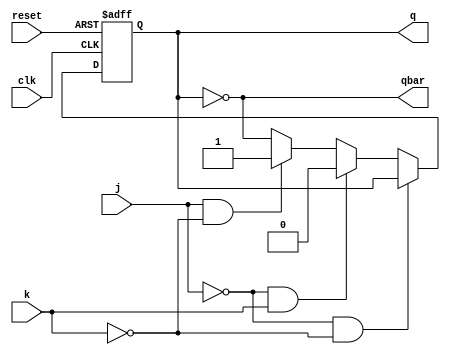
module jk_flipflop(input j,
                  input k,
                  input clk,
                  input reset,
                  output reg q,
                   output reg qbar);
  always @(posedge clk or negedge reset)
    if(~reset)begin
      q=0;
     
    end
  else if(j == 0 && k == 0)begin
    q=q;  
  end
    else if(j == 0 && k == 1)begin
      q=0;
    end
  else if(j == 1 && k ==0)begin
    q=1;   
  end
  else 
    q=~q;
   assign qbar=~q;
  
endmodule